Annual report on the mental hospital in the Central Provinces and Berar (Nagpur) - 1927-1951
Year: 1927
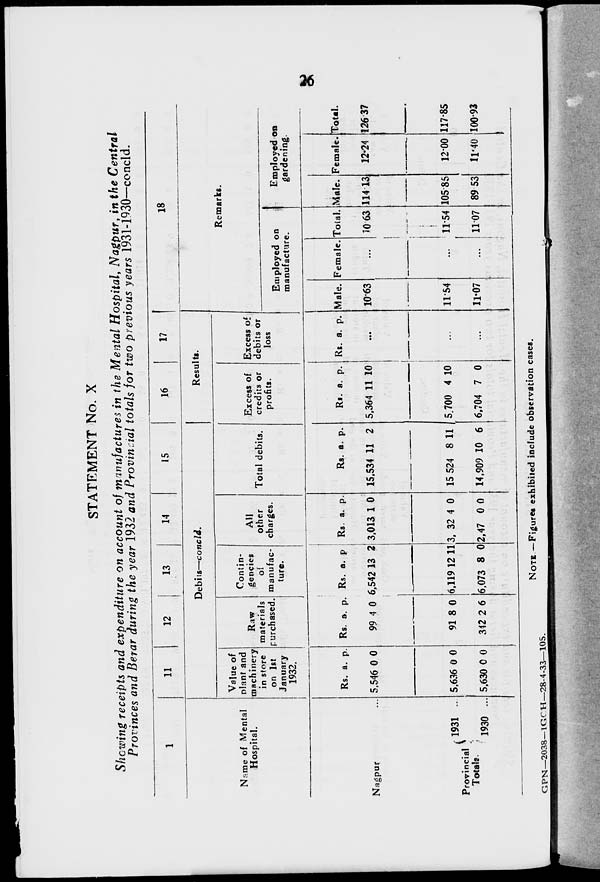
26
STATEMENT No. X
Showing receipts and expenditure on account of manufactures in the Mental Hospital, Nagpur, in the Central
Provinces and Berar during the year 1932 and Provincial totals for two previous years 1931-1930—concld.
1
Name of Mental
Hospital.
Nagpur ...
Provincial
Totals.
1931 ...
1930 ...
11
12
13
14
15
Debits—concld.
Value of
plant and
machinery
in store
on 1st
January
1932.
Rs.
5,546
5,636
5,630
a.
0
0
0
p.
0
0
0
Raw
materials
purchased.
Rs.
99
91
342
a.
4
8
2
p.
0
0
6
Contin-
gencies
of
manufac-
ture.
Rs.
6,542
6,119
6,073
a.
13
12
8
p.
2
11
0
All
other
charges.
Rs.
3,013
3, 32
2,47
a.
1
4
0
p.
0
0
0
Total debits.
Rs.
15,534
15 524
14,909
a.
11
8
10
p.
2
11
6
16
17
Results.
Excess of
credits or
profits.
Rs.
5,364
5700
6,704
a.
11
4
7
p.
10
10
0
Excess of
debits or
loss
Rs. a. p.
...
...
...
18
Remarks.
Employed on
manufacture.
Male.
10.63
11.54
11.07
Female.
...
...
...
Total.
10.63
11.54
11.07
Employed on
gardening.
Male.
114.13
105.85
89.53
Female.
12.24
12.00
11.40
Total.
126.37
117.85
100.93
NOTE —Figures exhibited include observation cases.
GPN-2038— IGCH—28-4-33—105.